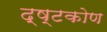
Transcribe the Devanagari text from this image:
द्ष्टकोण